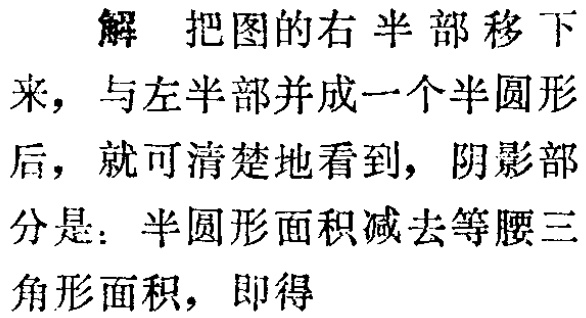
解 把图的右半部移下来，与左半部并成一个半圆形后，就可清楚地看到，阴影部分是：半圆形面积减去等腰三角形面积，即得